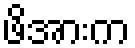
ဖိအားက